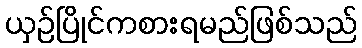
ယှဉ်ပြိုင်ကစားရမည်ဖြစ်သည်